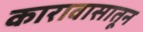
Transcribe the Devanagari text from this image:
कारावासातून